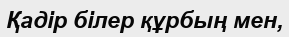
Қадір білер құрбың мен,